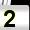
Digit: 2